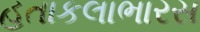
હતાકલાભારસ